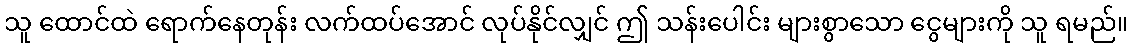
သူ ထောင်ထဲ ရောက်နေတုန်း လက်ထပ်အောင် လုပ်နိုင်လျှင် ဤ သန်းပေါင်း များစွာသော ငွေများကို သူ ရမည်။